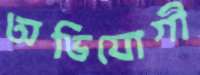
অভিযোগী